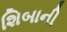
શિબાની